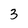
Character: 3